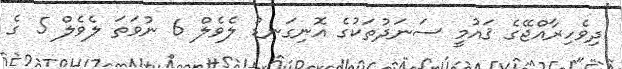
ދިވެހިރާއްޖޭގެ ޤައުމީ ސަނަދުތަކުގެ އޮނިގަނޑު ލެވެލް 6 ނުވަތަ ލެވެލް 5 ގެ